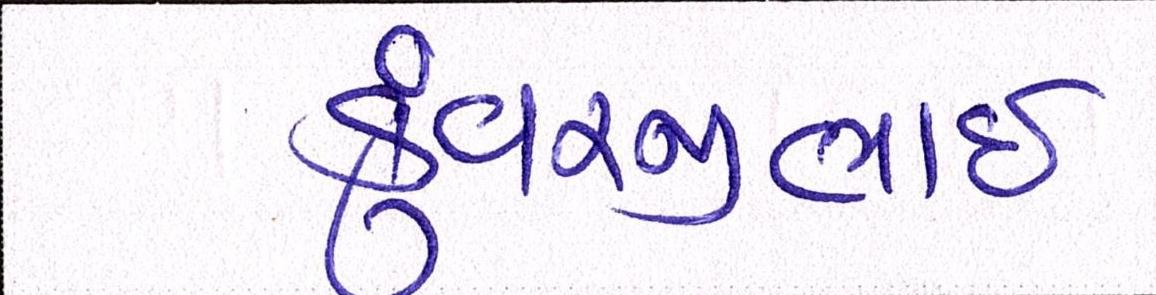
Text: કુંવરજીભાઈ